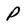
Character: P